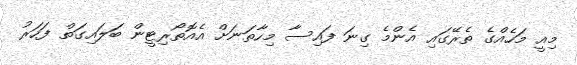
މިއީ މަހެއްގެ ތެރޭގައި އެންމެ ގިނަ ފައިސާ މިހާތަނަށް އެއޮތޯރިޓީން ބަލައިގަތް ފަހަރު